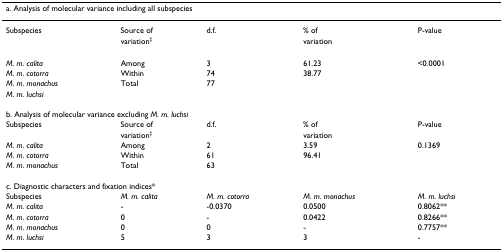
| <COLSPAN=5> a. Analysis of molecular variance including all subspecies |
 | --- | --- | --- | --- | --- |
 | Subspecies | Source of | d.f. | % of | P-value |
 |  | variation‡ |  | variation |  |
 | M. m. calita | Among | 3 | 61.23 | <0.0001 |
 | M. m. cotorra | Within | 74 | 38.77 |  |
 | M. m. monachus | Total | 77 |  |  |
 | M. m. luchsi |  |  |  |  |
 | <COLSPAN=5> b. Analysis of molecular variance excluding M. m. luchsi |
 | Subspecies | Source of | d.f. | % of | P-value |
 |  | variation‡ |  | variation |  |
 | M. m. calita | Among | 2 | 3.59 | 0.1369 |
 | M. m. cotorra | Within | 61 | 96.41 |  |
 | M. m. monachus | Total | 63 |  |  |
 | <COLSPAN=5> c. Diagnostic characters and fixation indices* |
 | Subspecies | M. m. calita | M. m. cotorra | M. m. monachus | M. m. luchsi |
 | M. m. calita | - | -0.0370 | 0.0500 | 0.8062** |
 | M. m. cotorra | 0 | - | 0.0422 | 0.8266** |
 | M. m. monachus | 0 | 0 | - | 0.7757** |
 | M. m. luchsi | 5 | 3 | 3 | - |